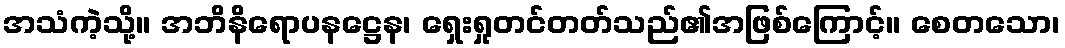
အသံကဲ့သို့။ အဘိနိရောပနဋ္ဌေန၊ ရှေးရှုတင်တတ်သည်၏အဖြစ်ကြောင့်။ စေတသော၊